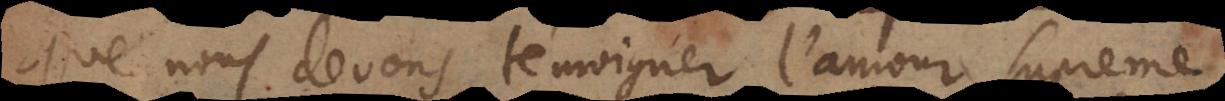
que nous devons témoigner l’amour supreme